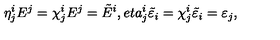
\eta _ { j } ^ { i } E ^ { j } = \chi _ { j } ^ { i } E ^ { j } = \tilde { E } ^ { i } , e t a _ { j } ^ { i } \tilde { \varepsilon } _ { i } = \chi _ { j } ^ { i } \tilde { \varepsilon } _ { i } = \varepsilon _ { j } ,